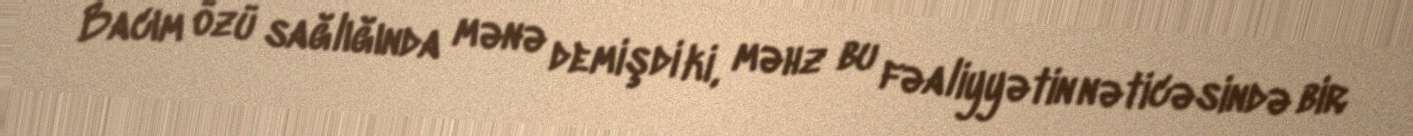
Bacım özü sağlığında mənə demişdi ki, məhz bu fəaliyyətin nəticəsində bir